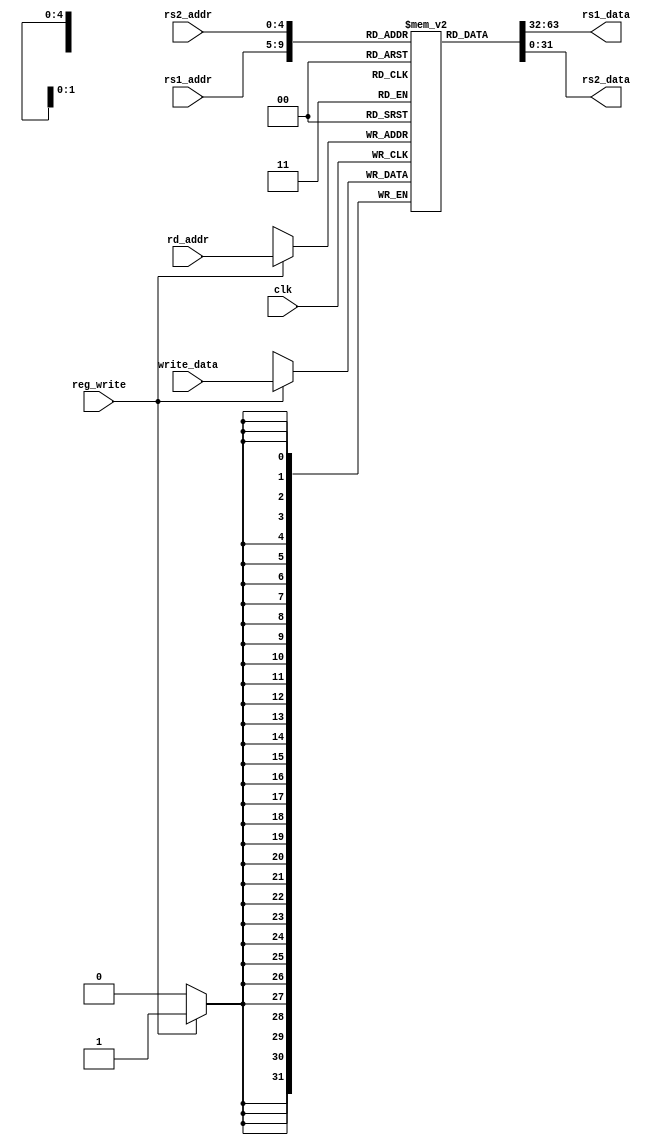
module RegisterFile(
    input [4:0] rs1_addr, rs2_addr, rd_addr,  
    input [31:0] write_data, 
    input clk, reg_write,
    output [31:0] rs1_data, rs2_data 
);

  reg [31:0] registers [31:0]; 

  always @(posedge clk) begin
    if (reg_write) 
      registers[rd_addr] <= write_data;
  end

  assign rs1_data = registers[rs1_addr];
  assign rs2_data = registers[rs2_addr];
endmodule